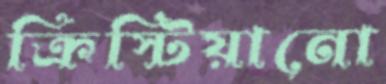
ক্রিস্টিয়ানো